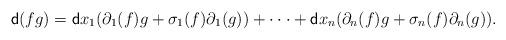
LaTeX: \begin{align*}{\sf d}(fg)={\sf d}x_1( \partial_1(f)g+\sigma_1(f)\partial_1(g))+\cdot \cdot \cdot +{\sf d}x_n( \partial_n(f)g+\sigma_n(f)\partial_n(g)).\end{align*}